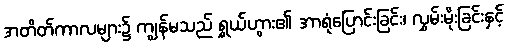
အတိတ်ကာလများ၌ ကျွန်မသည် ရွှယ်ဟွား၏ အာရုံပြောင်းခြင်း၊ လွှမ်းမိုးခြင်းနှင့်